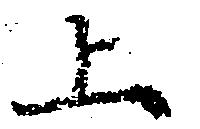
上